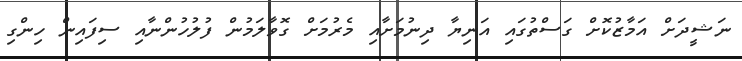
ނަޝީދަށް އަމާޒުކޮށް ގަސްތުގައި އަނިޔާ ދިނުމަށާއި މެރުމަށް ގޮވާލަމުން ފުލުހުންނާއި ސިފައިން ހިންގި